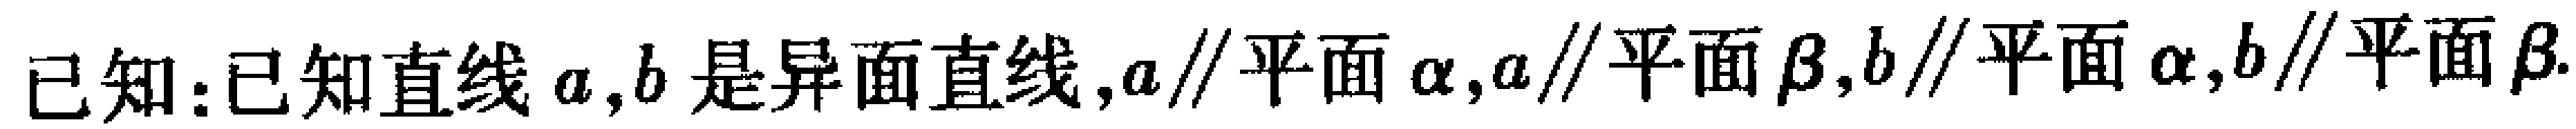
已知：已知直线\(a,b\)是异面直线,\(a\parallel\)平面\(\alpha\),\(a\parallel\)平面\(\beta\),\(b\parallel\)平面\(\alpha\),\(b\parallel\)平面\(\beta\)